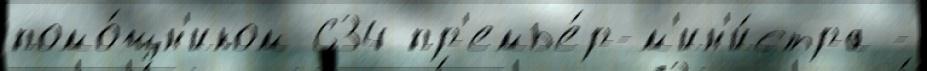
помо́щн'иком 634 пр'емье́р-м'ин'и́стра -